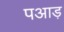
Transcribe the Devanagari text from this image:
पआड़